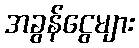
အခွန်ငွေများ